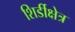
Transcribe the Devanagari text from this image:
शिर्डीक्षेत्र